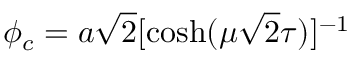
\phi _ { c } = a \sqrt 2 [ { \cosh ( \mu \sqrt 2 \tau ) } ] ^ { - 1 }